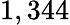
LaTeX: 1,344